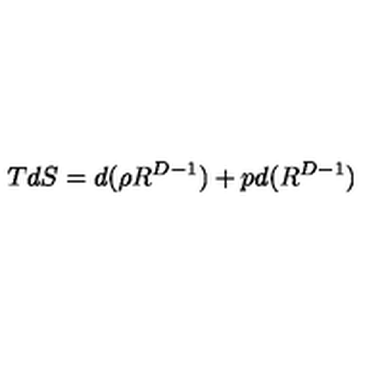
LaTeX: T d S = d ( \rho R ^ { D - 1 } ) + p d ( R ^ { D - 1 } )